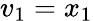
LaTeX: v_{1}=x_{1}